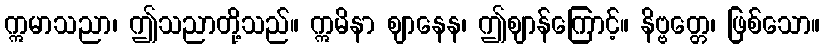
ဣမာသညာ၊ ဤသညာတို့သည်။ ဣမိနာ ဈာနေန၊ ဤဈာန်ကြောင့်။ နိဗ္ဗတ္တေ၊ ဖြစ်သော။